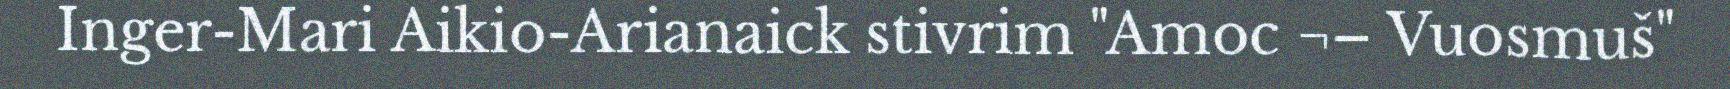
Inger-Mari Aikio-Arianaick stivrim "Amoc ¬– Vuosmuš"